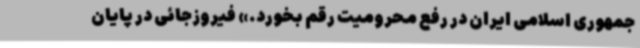
جمهوری اسلامی ایران در رفع محرومیت رقم بخورد.» فیروزجائی در پایان